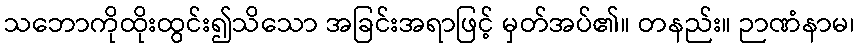
သဘောကိုထိုးထွင်း၍သိသော အခြင်းအရာဖြင့် မှတ်အပ်၏။ တနည်း။ ဉာဏံနာမ၊